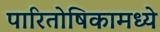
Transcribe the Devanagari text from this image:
पारितोषिकामध्ये